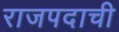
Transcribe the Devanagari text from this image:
राजपदाची